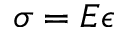
\sigma = E \epsilon